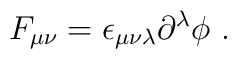
F_{\mu\nu}=\epsilon_{\mu\nu\lambda}\partial^\lambda\phi~.